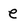
Character: e